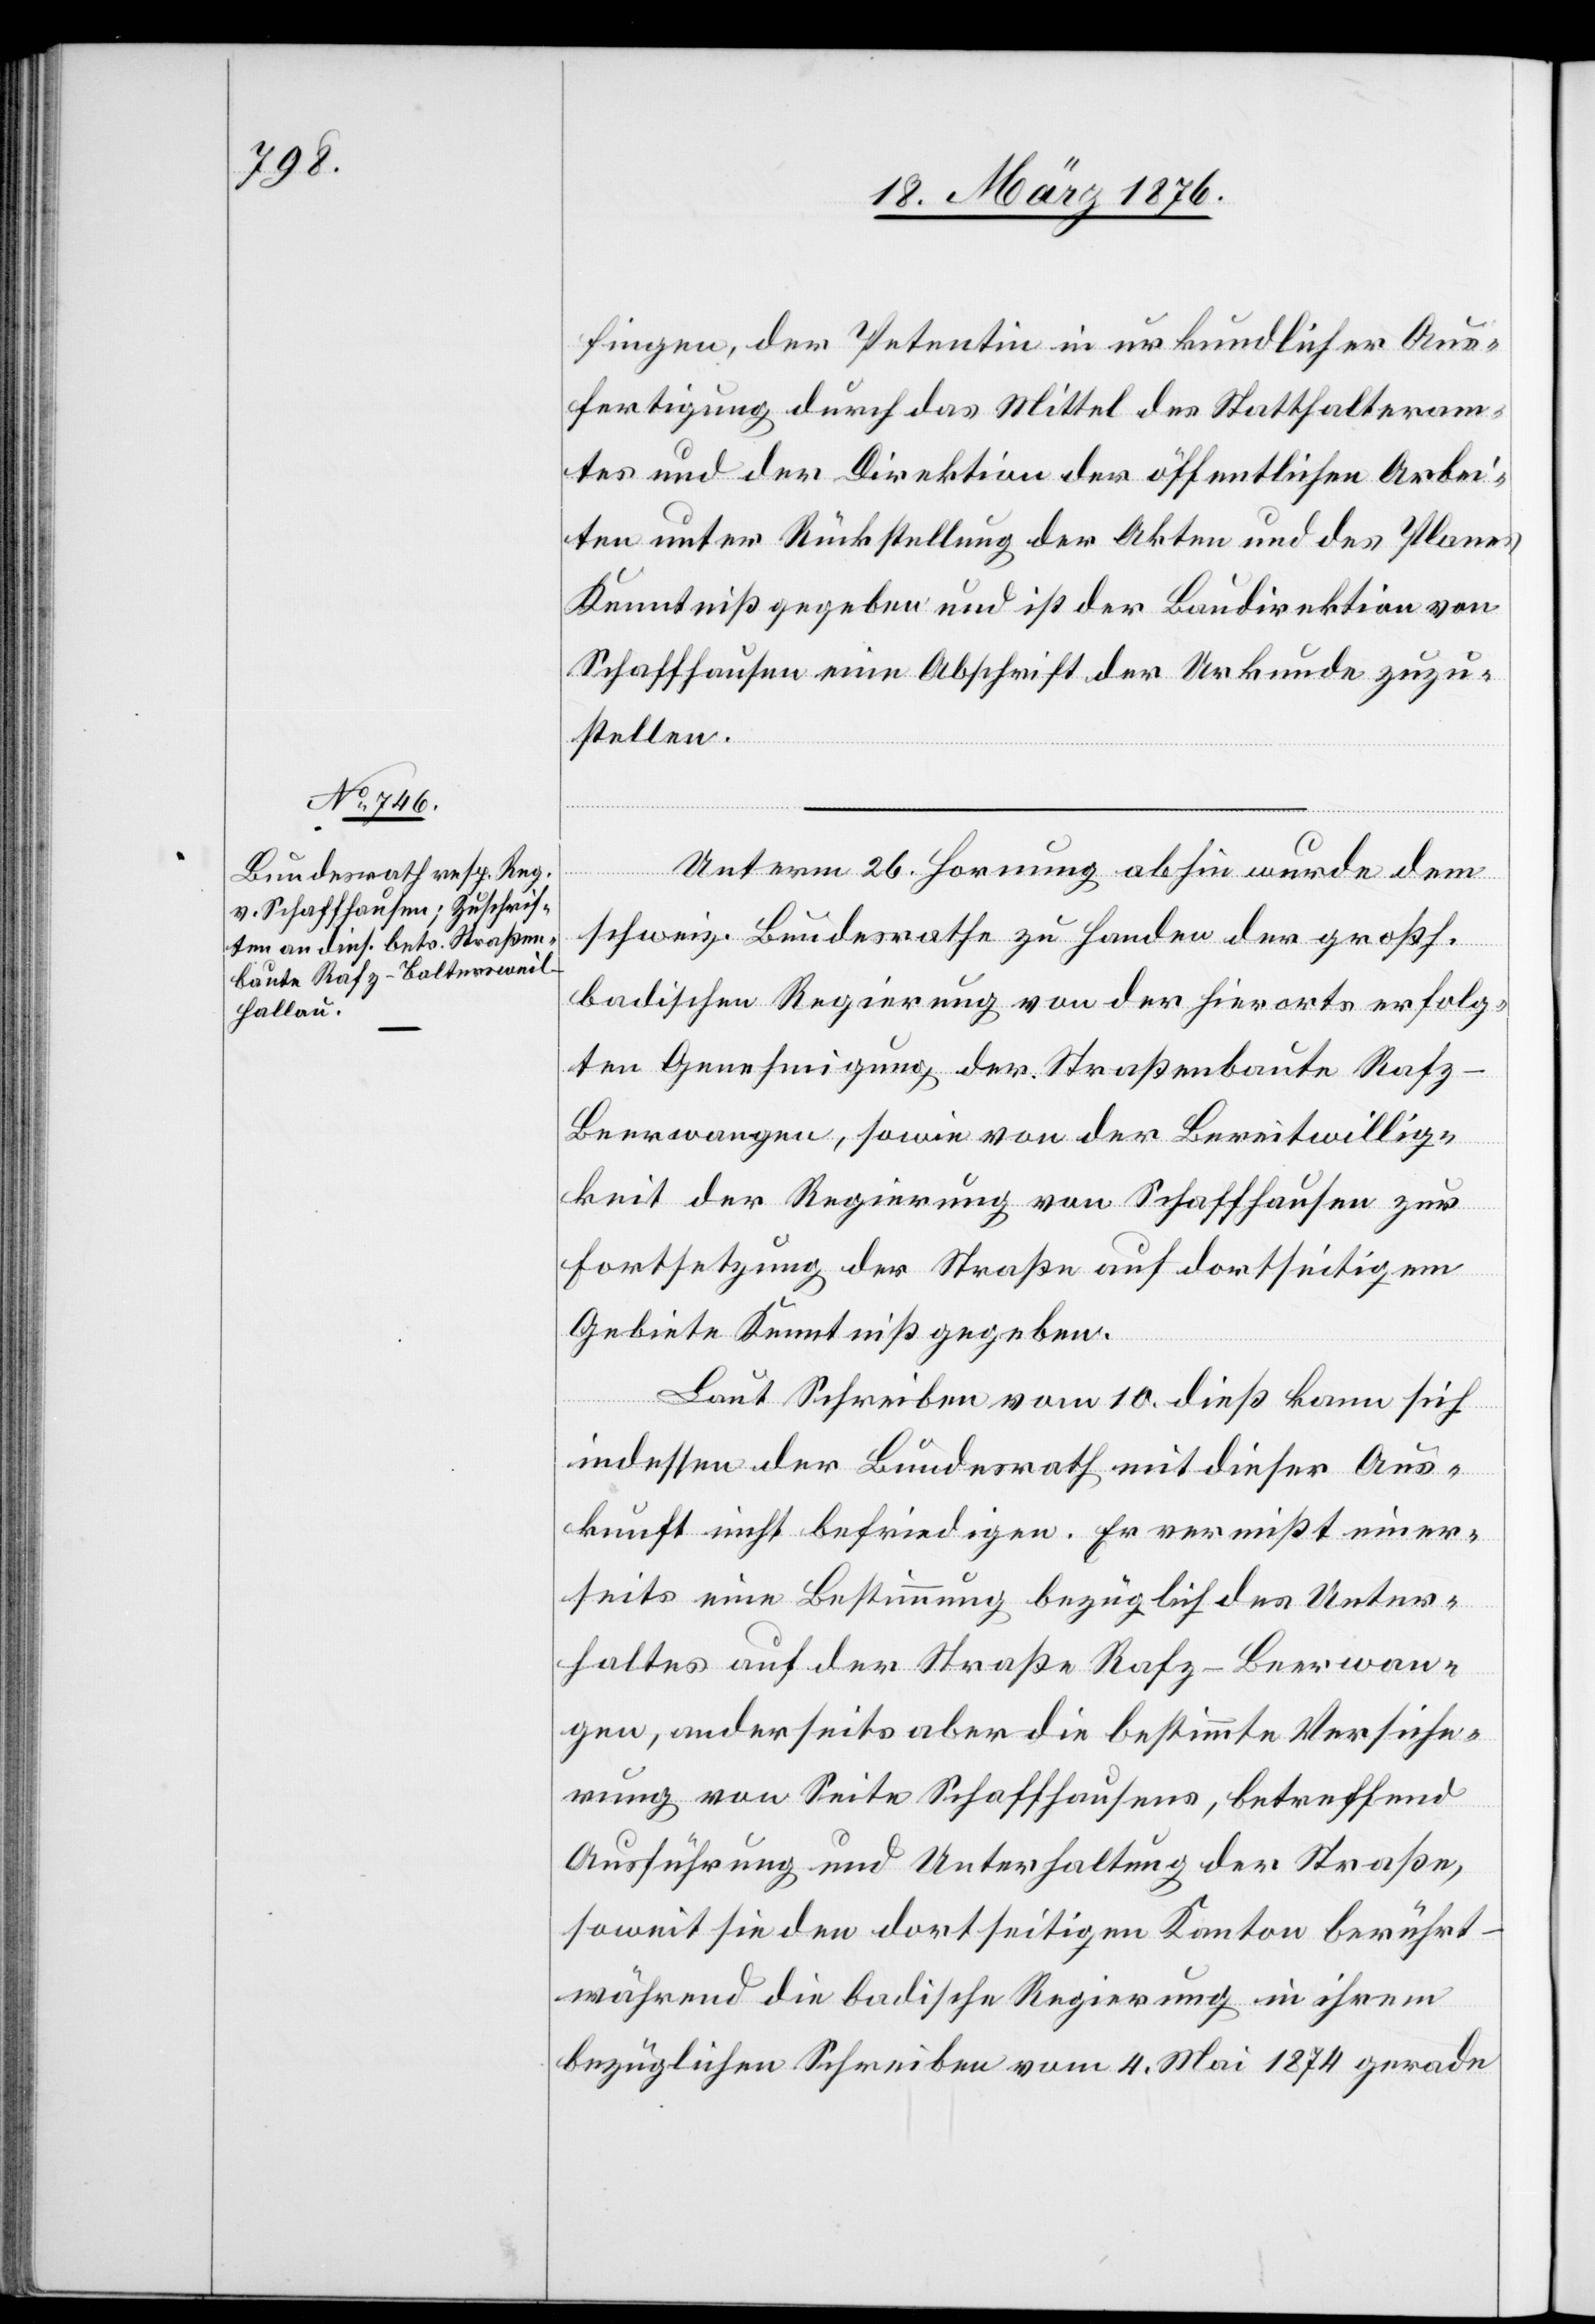
fingen, der Petentin in urkundlicher Aus¬
fertigung durch das Mittel des Statthalteram¬
tes und der Direktion der öffentlichen Arbei¬
ten unter Rückstellung der Akten und des Planes
Kenntniß gegeben und ist der Baudirektion von
Schaffhausen eine Abschrift der Urkunde zuzu¬
stellen.
Unterm 26. Hornung abhin wurde dem
schweiz. Bundesrathe zu Handen der großh.
badischen Regierung von der hierorts erfolg¬
ten Genehmigung der Straßenbaute Rafz–B¬
eerwangen, sowie von der Bereitwillig¬
keit der Regierung von Schaffhausen zur
Fortsetzung der Straße auf dortseitigem
Gebiete Kenntniß gegeben.
Laut Schreiben vom 10. dieß kann sich
indessen der Bundesrath mit dieser Aus¬
kunft nicht befriedigen. Er vermißt einer¬
seits eine Bestimmung bezüglich des Unter¬
haltes auf der Straße Rafz–Beerwan¬
gen, anderseits aber die bestimmte Versiche¬
rung von Seite Schaffhausens, betreffend
Ausführung und Unterhaltung der Straße,
soweit sie den dortseitigen Kanton berührt –
während die badische Regierung in ihrem
bezüglichen Schreiben vom 4. Mai 1874 gerade